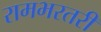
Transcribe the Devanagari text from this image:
रामभरतरी